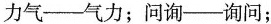
力气--气力；问询--询问；